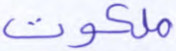
ملكوت